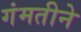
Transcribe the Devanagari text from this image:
गंमतीने